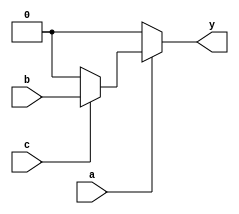
`timescale 1ns / 1ps
module opt_check3(input a,
                  input b,
                  input c,
                  output y);

assign y = a ? (c ? b : 0) : 0;

endmodule